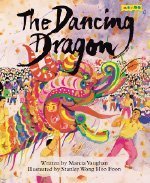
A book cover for The Dancing Dragon; Marcia K. Vaughan; Children's Books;